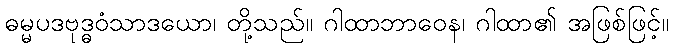
ဓမ္မပဒဗုဒ္ဓဝံသာဒယော၊ တို့သည်။ ဂါထာဘာဝေန၊ ဂါထာ၏ အဖြစ်ဖြင့်။